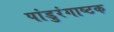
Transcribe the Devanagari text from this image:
पांडुरंगाष्टक